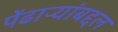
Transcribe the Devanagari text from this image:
पेंढाऱ्यांबद्दल